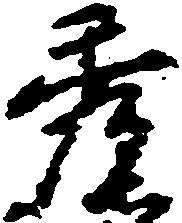
秀